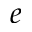
e